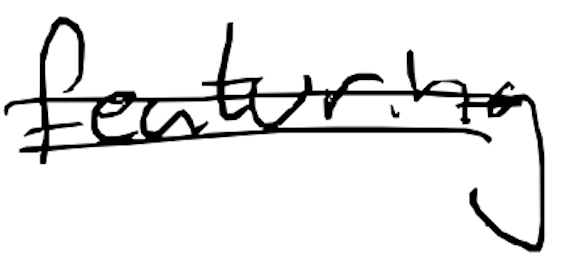
Text: featuring
Cross-out: mix
Writing tool: digital_black